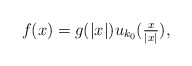
\begin{align*}f(x) = g(|x|) u_{k_0}(\tfrac{x}{|x|}),\end{align*}